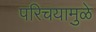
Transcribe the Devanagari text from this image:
परिचयामुळे